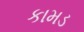
કામડ